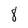
Character: 8